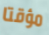
مؤقتا